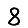
Digit: 8